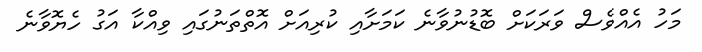
މަހު އެއްވެސް ވަރަކަށް ބޮޑުނުވާނެ ކަަމަށާއި ކުރިއަށް އޮތްތަނުގައި ވިއްކާ އަގު ހެޔޮވާނެ